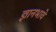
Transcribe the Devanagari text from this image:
ज्ञानभावे